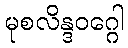
မုစလိန္ဒဝဂ္ဂေါ